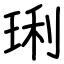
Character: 琍